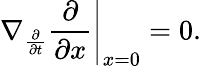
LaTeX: \left.\nabla_{\frac{\partial}{\partial t}}{\frac{\partial}{\partial x}}\right|_{x=0}=0.